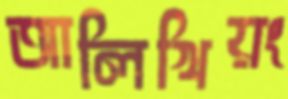
আলিখিয়ং